Elephants and their diseases
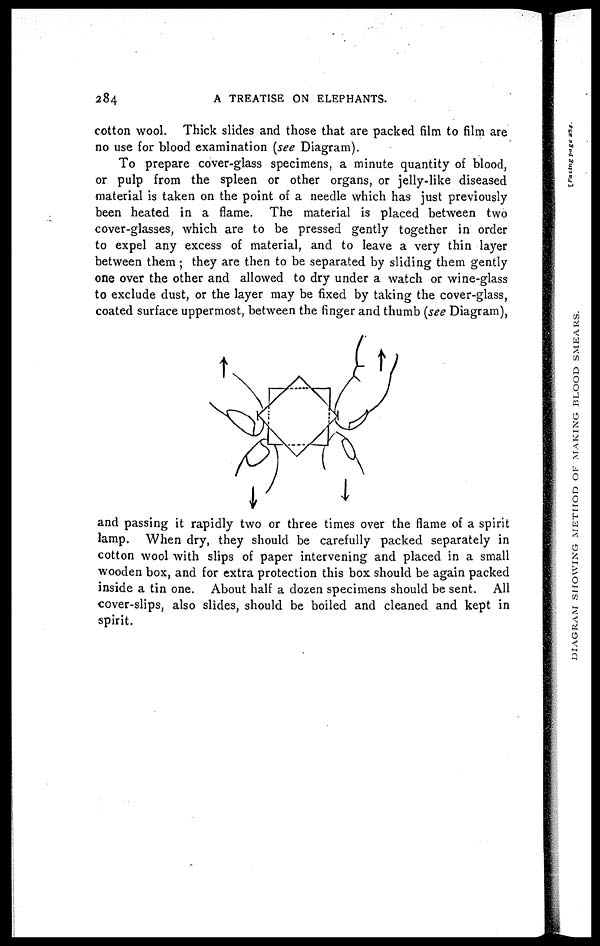
284
A TREATISE ON ELEPHANTS.
cotton wool. Thick slides and those that are packed film to film are
no use for blood examination (see Diagram).
To prepare cover-glass specimens, a minute quantity of blood,
or pulp from the spleen or other organs, or jelly-like diseased
material is taken on the point of a needle which has just previously
been heated in a flame. The material is placed between two
cover-glasses, which are to be pressed gently together in order
to expel any excess of material, and to leave a very thin layer
between them ; they are then to be separated by sliding them gently
one over the other and allowed to dry under a watch or wine-glass
to exclude dust, or the layer may be fixed by taking the cover-glass,
coated surface uppermost, between the finger and thumb (see Diagram),
and passing it rapidly two or three times over the flame of a spirit
lamp. When dry, they should be carefully packed separately in
cotton wool with slips of paper intervening and placed in a small
wooden box, and for extra protection this box should be again packed
inside a tin one. About half a dozen specimens should be sent. All
cover-slips, also slides, should be boiled and cleaned and kept in
spirit.